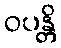
ဝပန္တိ